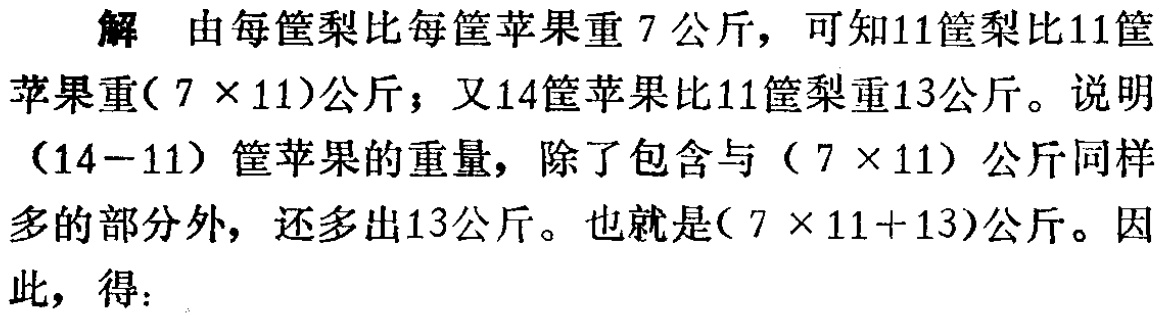
解 由每筐梨比每筐苹果重 7 公斤，可知11筐梨比11筐苹果重(\(7\times11\))公斤；又14筐苹果比11筐梨重13公斤。说明(\(14 - 11\))筐苹果的重量，除了包含与(\(7\times11\))公斤同样多的部分外，还多出13公斤。也就是(\(7\times11 + 13\))公斤。因此，得：